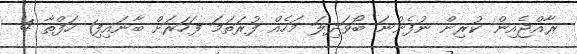
ރާއްޖެއިން ކުރިން ނުފެންނަ ބޯވަދިލަ މަހެއް ފުރަތަމަ ފަހަރަށް ބާނައިފި1 ހަފްތާ 4